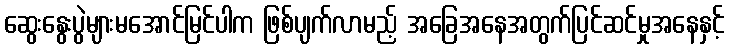
ဆွေးနွေးပွဲများမအောင်မြင်ပါက ဖြစ်ပျက်လာမည့် အခြေအနေအတွက်ပြင်ဆင်မှုအနေနှင့်